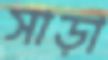
সাড়া